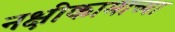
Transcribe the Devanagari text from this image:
नक्षीकामाच्या